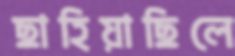
ছাহিয়াছিলে